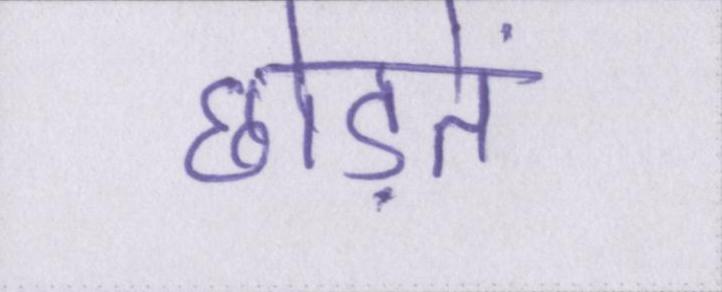
छोड़ते